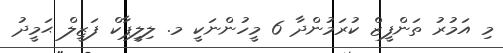
މި އަމުރު ތަންފީޒް ކުރަމުންދާ 6 މީހުންނަކީ މ. ލިލީޕާކް ފަޒީލް ޙަމީދު